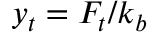
y _ { t } = F _ { t } / k _ { b }